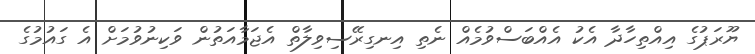
ޔޫރަޕުގެ އިއްތިހާދާ އެކު އެއްބަސްވުމެއް ނެތި އިނގިރޭސިވިލާތް އެޖަމާއަތުން ވަކިނުވުމަށް އެ ގައުމުގެ